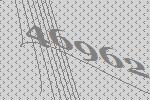
46962